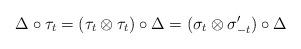
LaTeX: \begin{align*}\Delta \circ\tau_t = (\tau_t\otimes \tau_t)\circ \Delta = (\sigma_t\otimes \sigma_{-t}')\circ \Delta\end{align*}